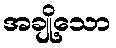
အချို့သော